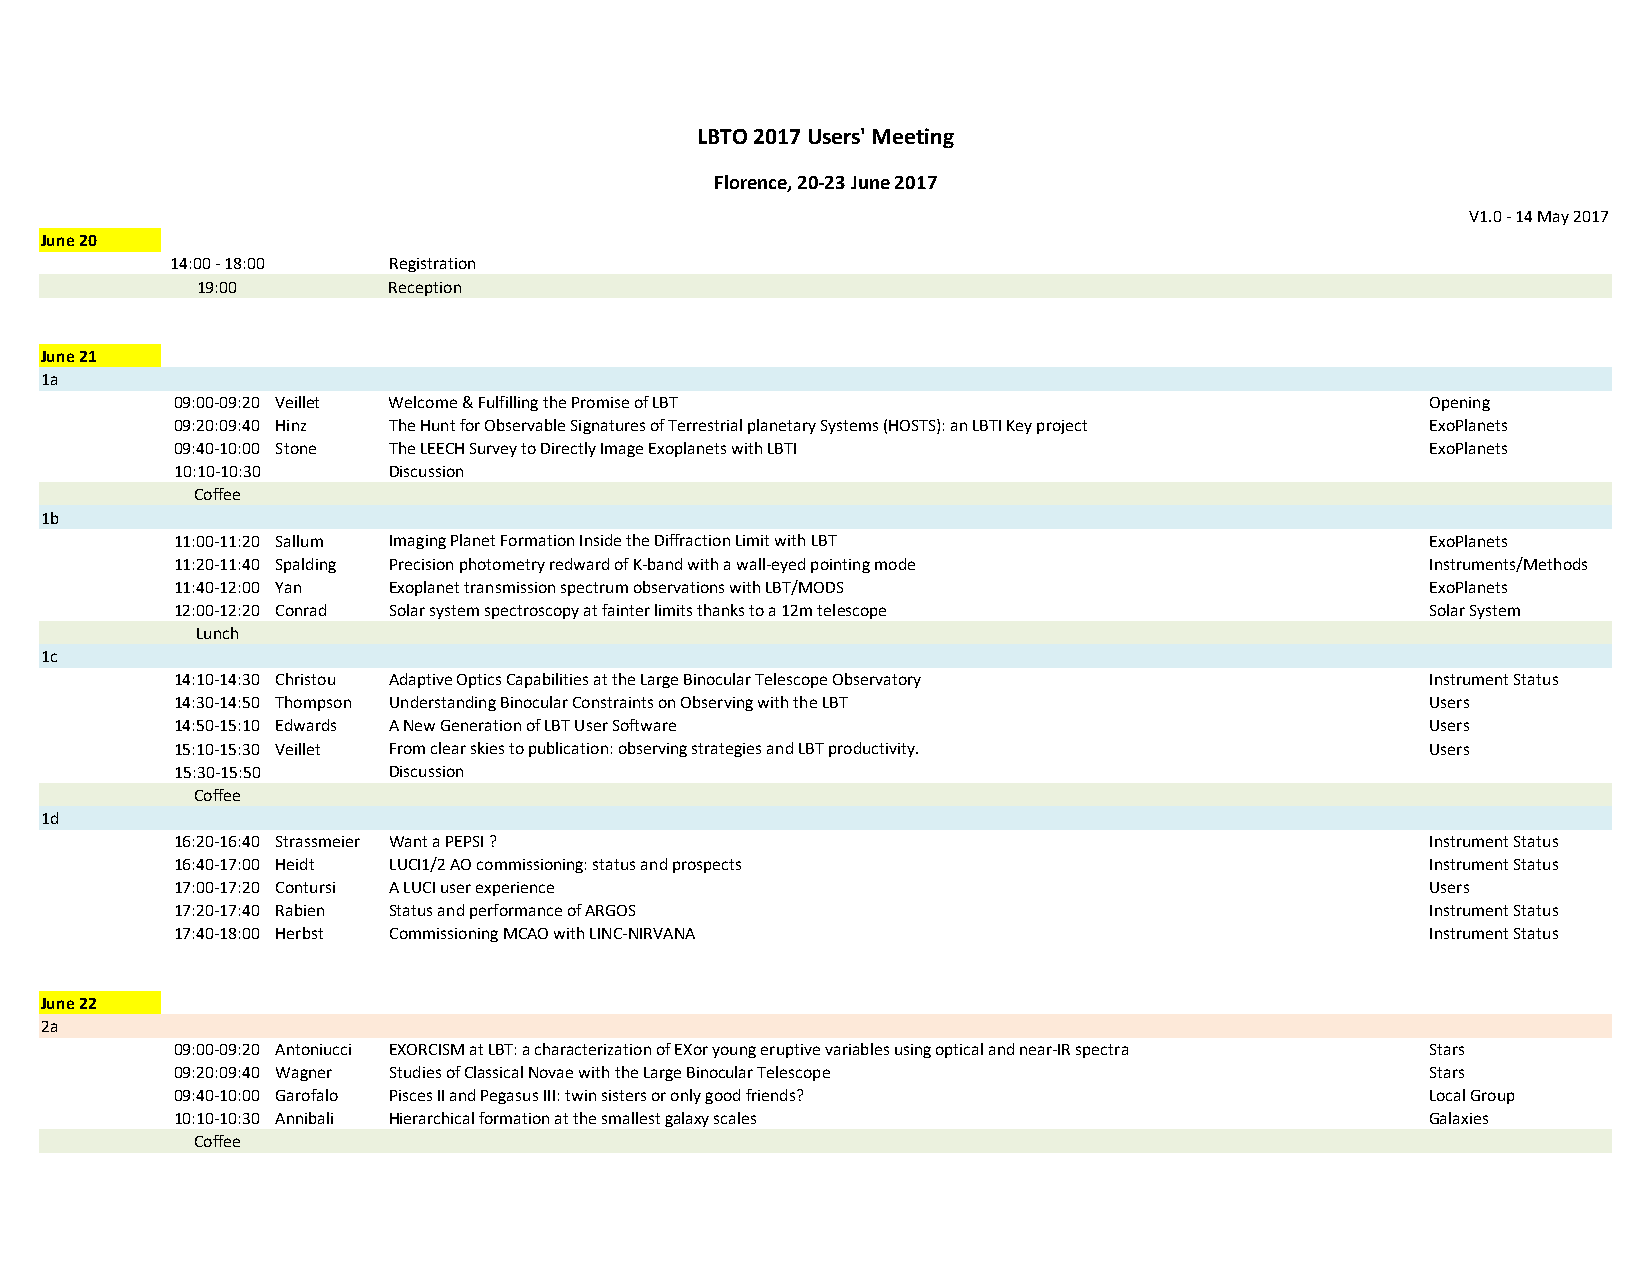
LBTO 2017 Users' Meeting
 Florence, 20‐23 June 2017
 V1.0 ‐ 14 May 2017
 June 20
 14:00 ‐ 18:00  Registration
 19:00        Reception
 June 21
 1a
 09:00‐09:20 Veillet Welcome & Fulfilling the Promise of LBT                        Opening
 09:20:09:40 Hinz The Hunt for Observable Signatures of Terrestrial planetary Systems (HOSTS): an LBTI Key project ExoPlanets
 09:40‐10:00 Stone The LEECH Survey to Directly Image Exoplanets with LBTI          ExoPlanets
 10:10‐10:30   Discussion
 Coffee
 1b
 11:00‐11:20 Sallum Imaging Planet Formation Inside the Diffraction Limit with LBT  ExoPlanets
 11:20‐11:40 Spalding Precision photometry redward of K‐band with a wall‐eyed pointing mode Instruments/Methods
 11:40‐12:00 Yan Exoplanet transmission spectrum observations with LBT/MODS         ExoPlanets
 12:00‐12:20 Conrad Solar system spectroscopy at fainter limits thanks to a 12m telescope Solar System
 Lunch
 1c
 14:10‐14:30 Christou Adaptive Optics Capabilities at the Large Binocular Telescope Observatory Instrument Status
 14:30‐14:50 Thompson Understanding Binocular Constraints on Observing with the LBT Users
 14:50‐15:10 Edwards A New Generation of LBT User Software                          Users
 15:10‐15:30 Veillet From clear skies to publication: observing strategies and LBT productivity. Users
 15:30‐15:50   Discussion
 Coffee
 1d
 16:20‐16:40 Strassmeier Want a PEPSI ?                                             Instrument Status
 16:40‐17:00 Heidt LUCI1/2 AO commissioning: status and prospects                   Instrument Status
 17:00‐17:20 Contursi A LUCI user experience                                        Users
 17:20‐17:40 Rabien Status and performance of ARGOS                                 Instrument Status
 17:40‐18:00 Herbst Commissioning MCAO with LINC‐NIRVANA                            Instrument Status
 June 22
 2a
 09:00‐09:20 Antoniucci EXORCISM at LBT: a characterization of EXor young eruptive variables using optical and near‐IR spectra Stars
 09:20:09:40 Wagner Studies of Classical Novae with the Large Binocular Telescope   Stars
 09:40‐10:00 Garofalo Pisces II and Pegasus III: twin sisters or only good friends? Local Group
 10:10‐10:30 Annibali Hierarchical formation at the smallest galaxy scales          Galaxies
 Coffee